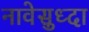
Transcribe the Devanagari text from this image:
नावेसुध्दा